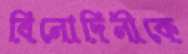
বিনোদিনীকে